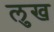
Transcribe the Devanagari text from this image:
लुख